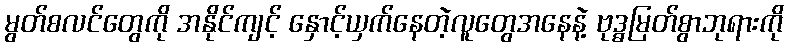
မွတ်စလင်တွေကို အနိုင်ကျင့် နှောင့်ယှက်နေတဲ့လူတွေအနေနဲ့ ဗုဒ္ဓမြတ်စွာဘုရားကို